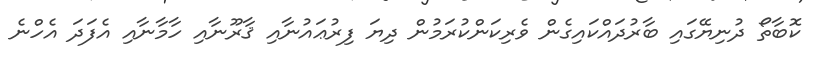
ކޮބާތޯ ދުނިޔޭގައި ބާރުދައްކައިގެން ވެރިކަންކުރަމުން ދިޔަ ފިރުޢައުނާއި ޤާރޫނާއި ހާމާނާއި އެފަދަ އެހްނެ